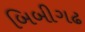
બિબીગઢ